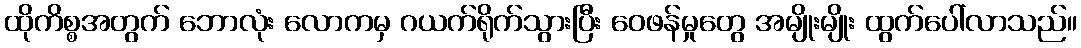
ထိုကိစ္စအတွက် ဘောလုံး လောကမှ ဂယက်ရိုက်သွားပြီး ဝေဖန်မှုတွေ အမျိုးမျိုး ထွက်ပေါ်လာသည်။